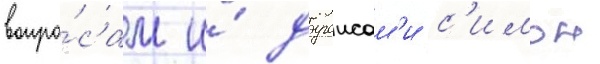
вопро́сам и́ дураисам'и с'имон